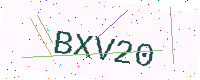
Text: BXV20